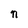
Character: n